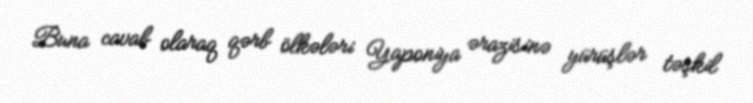
Buna cavab olaraq qərb ölkələri Yaponiya ərazisinə yürüşlər təşkil